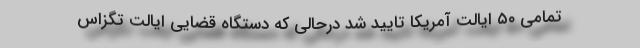
تمامی ۵۰ ایالت آمریکا تایید شد درحالی که دستگاه قضایی ایالت تگزاس